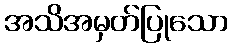
အသိအမှတ်ပြုသော